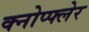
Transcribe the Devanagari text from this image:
क्नोप्फ्लेर